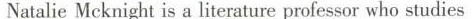
Natalie Mcknight is a literature professor who studies